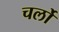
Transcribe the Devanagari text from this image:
चर्लो